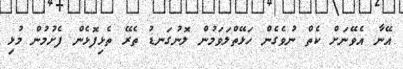
އޭނާ އެވޭނަށް ކެތް ނުވެގެން ހަޅޭތްލަވަމުން ލޮނުގަނޑު ތެރޭ ތެޅިފޮޅެން ފެށުމުން މުޅި